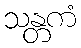
သန္တကံ